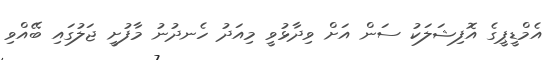
އެމްޑީޕީގެ އޮފިޝަލަކު ސަން އަށް ވިދާޅުވީ މިއަދު ހެނދުނު މާފުށީ ޖަލުގައި ބޭއްވި